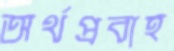
অর্থপ্রবাহ